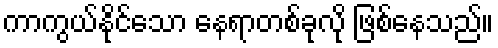
ကာကွယ်နိုင်သော နေရာတစ်ခုလို ဖြစ်နေသည်။